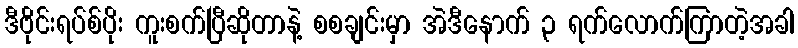
ဒီဗိုင်းရပ်စ်ပိုး ကူးစက်ပြီဆိုတာနဲ့ စစချင်းမှာ အဲဒီနောက် ၃ ရက်လောက်ကြာတဲ့အခါ